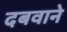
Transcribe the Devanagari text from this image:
दबवाने